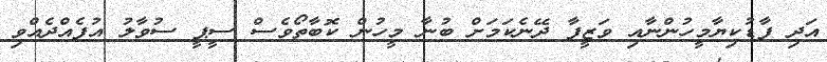
އަދި ފާޑުކިޔާމީހުންނާއި ވަޒީފާ ދޭނެކަމަށް ބުނާ މީހުން ކޮބާތޯވެސް ސީޕީ ސުވާލު އުފެއްދެއްވި